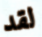
لقد